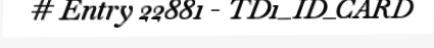
# Entry 22881 - TD1_ID_CARD